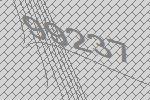
99237